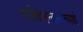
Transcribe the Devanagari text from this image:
सच्चिनन्दस्वरूपको